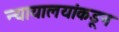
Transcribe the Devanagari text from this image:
न्यायालयांकडून